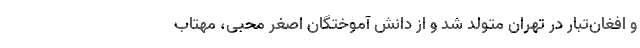
و افغان‌تبار در تهران متولد شد و از دانش آموختگان اصغر محبی، مهتاب